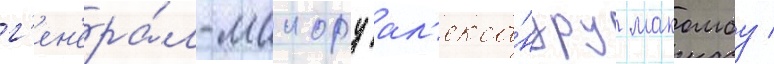
г'ен'ера́л-маиору ал'екса́ндру макомбу /